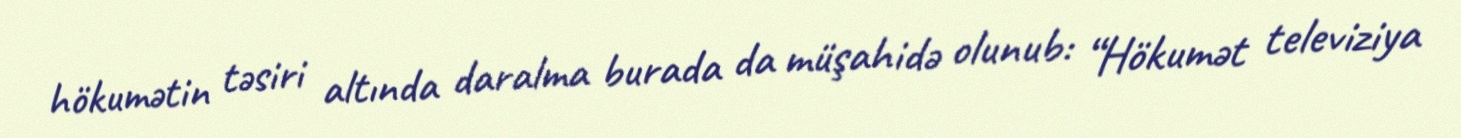
hökumətin təsiri altında daralma burada da müşahidə olunub: “Hökumət televiziya